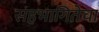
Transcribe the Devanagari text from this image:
सहभागितेचा